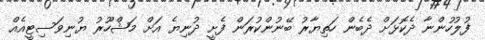
ފުލުހުންނާ ދެކޮޅަށް ދެބެން ހަތިޔާރު ބޭނުންކުރަން ފެށީ ދުނިޔެ އަށް މަޝްހޫރު ޔުނިވަސިޓީއެއް